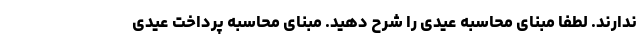
ندارند. لطفا مبنای محاسبه عیدی را شرح دهید. مبنای محاسبه پرداخت عیدی